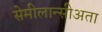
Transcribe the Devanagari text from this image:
सेमीलान्सीअता